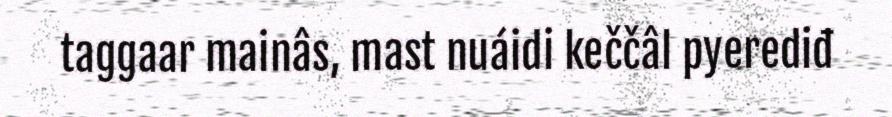
taggaar mainâs, mast nuáidi keččâl pyerediđ